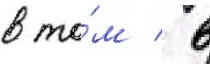
в то́м / в